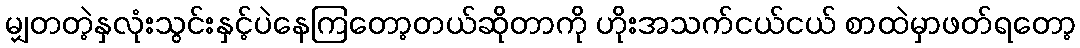
မျှတတဲ့နှလုံးသွင်းနှင့်ပဲနေကြတော့တယ်ဆိုတာကို ဟိုးအသက်ငယ်ငယ် စာထဲမှာဖတ်ရတော့